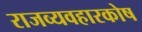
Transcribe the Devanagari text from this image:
राजव्यवहारकोष